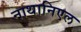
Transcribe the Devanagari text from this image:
नाथानिएल